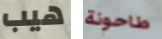
هيب طاحونة